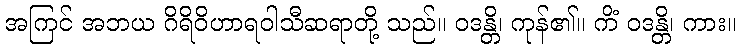
အကြင် အဘယ ဂိရိဝိဟာရဝါသီဆရာတို့ သည်။ ဝဒန္တိ၊ ကုန်၏။ ကိံ ဝဒန္တိ၊ ကား။